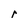
Character: r